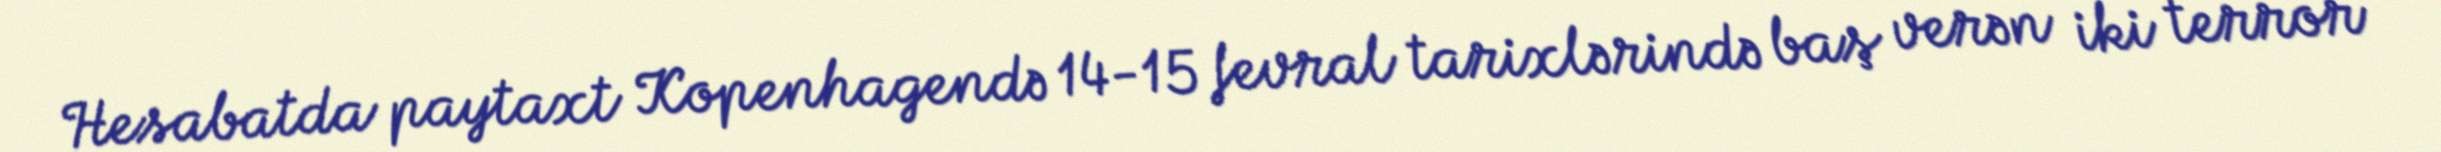
Hesabatda paytaxt Kopenhagendə 14-15 fevral tarixlərində baş verən iki terror